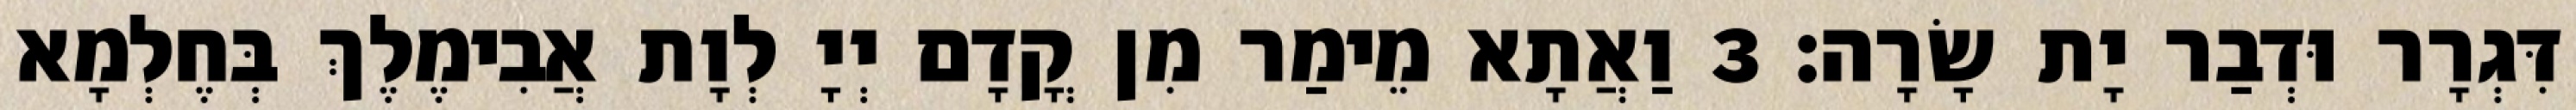
דִּגְרָר וּדְבַר יָת שָׂרָה׃ 3 וַאֲתָא מֵימַר מִן קֳדָם יְיָ לְוָת אֲבִימֶלֶךְ בְּחֶלְמָא